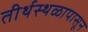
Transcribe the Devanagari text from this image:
तीर्थस्थळापासून